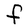
Character: F